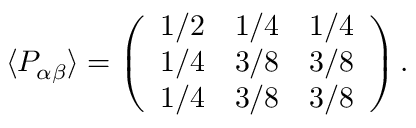
\langle P _ { \alpha \beta } \rangle = \left( \begin{array} { c c c } { { 1 / 2 } } & { { 1 / 4 } } & { { 1 / 4 } } \\ { { 1 / 4 } } & { { 3 / 8 } } & { { 3 / 8 } } \\ { { 1 / 4 } } & { { 3 / 8 } } & { { 3 / 8 } } \end{array} \right) .